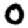
Digit: 0